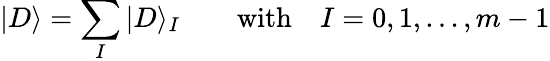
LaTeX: |D\rangle=\sum_{I}|D\rangle_{I}\qquad\mathrm{with}\quad I=0,1,...,m-1